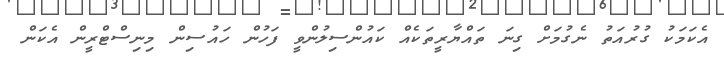
އެކަމަކު ގުރުއަތު ނެގުމަށް ގިނަ ތައްޔާރީތަކެއް ކައުންސިލުންވީ ފަހުން ހައުސިން މިނިސްޓްރީން އެކަން